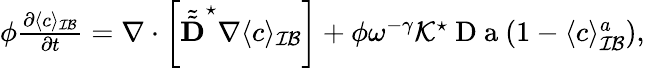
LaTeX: \begin{array}{r}{\phi\frac{\partial\langle c\rangle_{\mathcal{IB}}}{\partial t}=\nabla\cdot\left[\tilde{\tilde{\textbf{D}}}^{\star}\nabla\langle c\rangle_{\mathcal{IB}}\right]+\phi\omega^{-\gamma}\mathcal{K}^{\star}\mathrm{~D~a~}(1-\langle c\rangle_{\mathcal{IB}}^{a}),}\end{array}